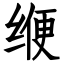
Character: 缏